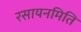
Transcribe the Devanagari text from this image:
रसायनमिति